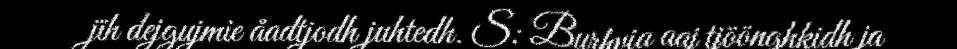
jïh dejgujmie åadtjodh juhtedh. S: Burhvia aaj tjöönghkidh ja